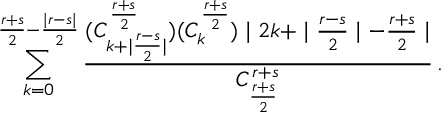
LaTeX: \sum _ { k = 0 } ^ { \frac { r + s } { 2 } - \frac { \mid r - s \mid } { 2 } } \frac { ( C _ { k + \mid \frac { r - s } { 2 } \mid } ^ { \frac { r + s } { 2 } } ) ( C _ { k } ^ { \frac { r + s } { 2 } } ) \mid 2 k + \mid \frac { r - s } { 2 } \mid - \frac { r + s } { 2 } \mid } { C _ { \frac { r + s } { 2 } } ^ { r + s } } \, .